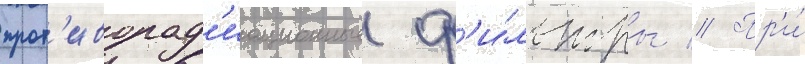
прот'иворад'иационные ф'и́льтры // Пр'и́